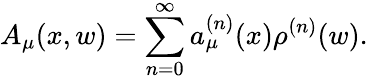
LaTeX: A_{\mu}(x,w)=\sum_{n=0}^{\infty}a_{\mu}^{(n)}(x)\rho^{(n)}(w).